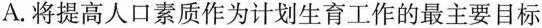
A.将提高人口素质作为计划生育工作的最主要目标